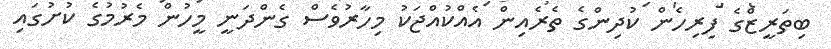
ބިތަރީޒްގެ ފިރިހެން ކުދިންގެ ތެރެއިން އެއްކުއްޖަކު މިހާރުވެސް ގެންދަނީ މީހުން މެރުމުގެ ކުށުގައި